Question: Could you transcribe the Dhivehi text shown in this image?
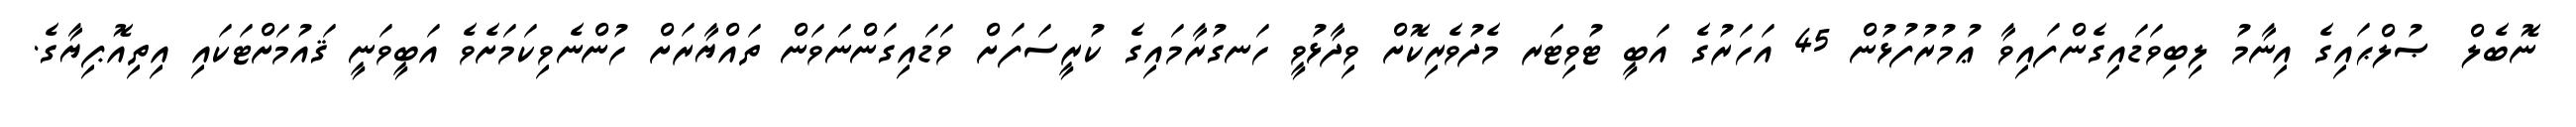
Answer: ނޮބެލް ޞުލްޙައިގެ އިނާމު ލިބިވަޑައިގެންފައިވާ ޢުމުރުފުޅުން 45 އަހަރުގެ އަބީ ޓުވިޓަރ މެދުވެރިކޮށް ވިދާޅުވީ ހަނގުރާމައިގެ ކުރީސަފަށް ވަޑައިގަންނަވަން ތައްޔާރަށް ހުންނެވިކަމަށެވެ އަބީވަނީ ޤައުމަށްޓަކައި އިތިއޮޕިޔާގެ.